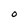
Character: O